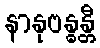
နာနုဗန္ဓန္တီ